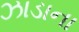
ઝાડાના